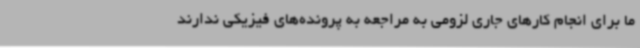
ما برای انجام کارهای جاری لزومی به مراجعه به پرونده‌های فیزیکی ندارند